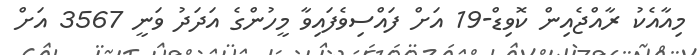
މިއާއެކު ރާއްޖެއިން ކޮވިޑް-19 އަށް ފައްސިވެފައިވާ މީހުންގެ އަދަދު ވަނީ 3567 އަށް